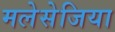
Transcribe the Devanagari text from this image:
मलेसेजिया